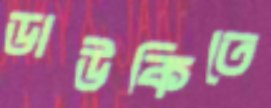
ডাউকিতে